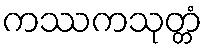
ကဿကသုတ္တံ